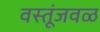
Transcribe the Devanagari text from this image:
वस्तूंजवळ